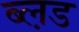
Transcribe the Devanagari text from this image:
ब्ल़ड